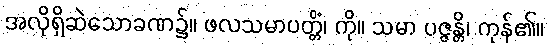
အလိုရှိဆဲသောခဏ၌။ ဖလသမာပတ္တိံ၊ ကို။ သမာ ပဇ္ဇန္တိ၊ ကုန်၏။